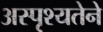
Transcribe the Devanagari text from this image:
अस्पृश्यतेने